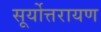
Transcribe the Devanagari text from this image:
सूर्योत्तरायण